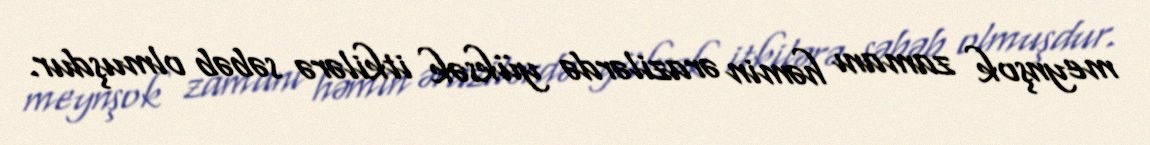
meynşok zamanı həmin ərazilərdə yüksək itkilərə səbəb olmuşdur.